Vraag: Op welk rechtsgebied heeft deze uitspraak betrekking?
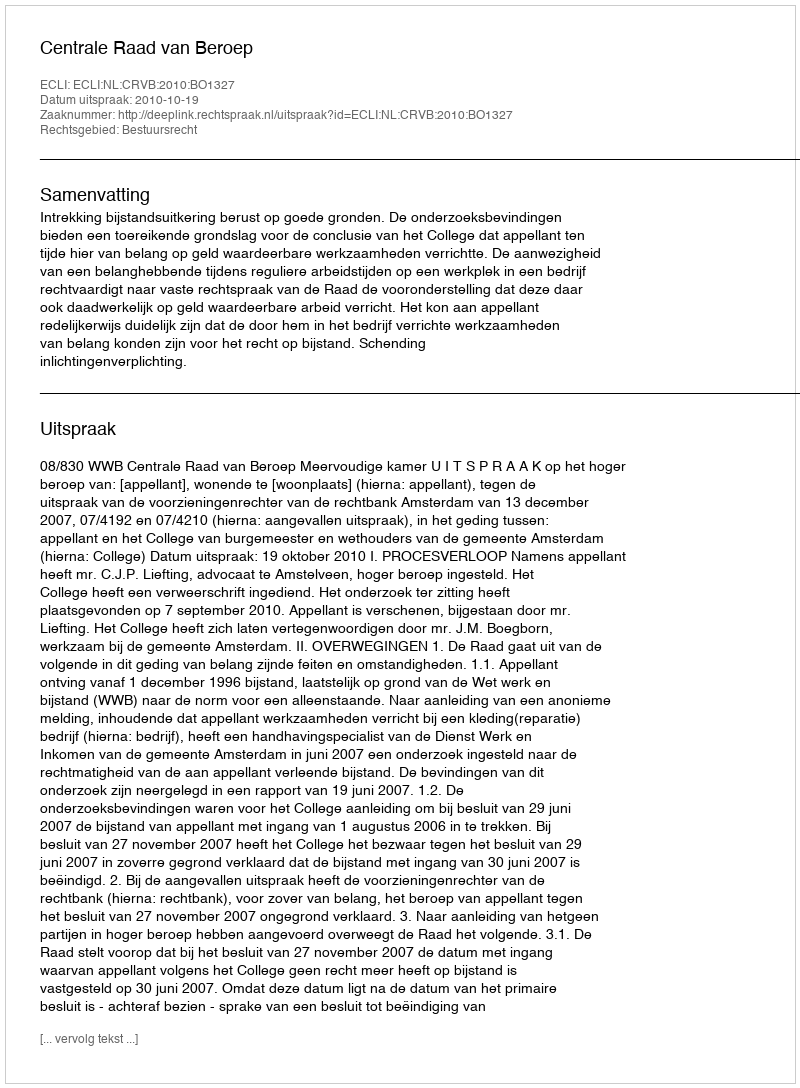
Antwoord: Bestuursrecht